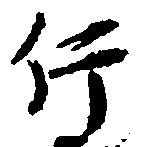
行